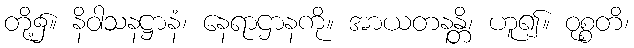
တို့၌။ နိဝါသနဋ္ဌာနံ၊ နေရာဌာနကို။ အာယတနန္တိ၊ ဟူ၍။ ဝုစ္စတိ၊